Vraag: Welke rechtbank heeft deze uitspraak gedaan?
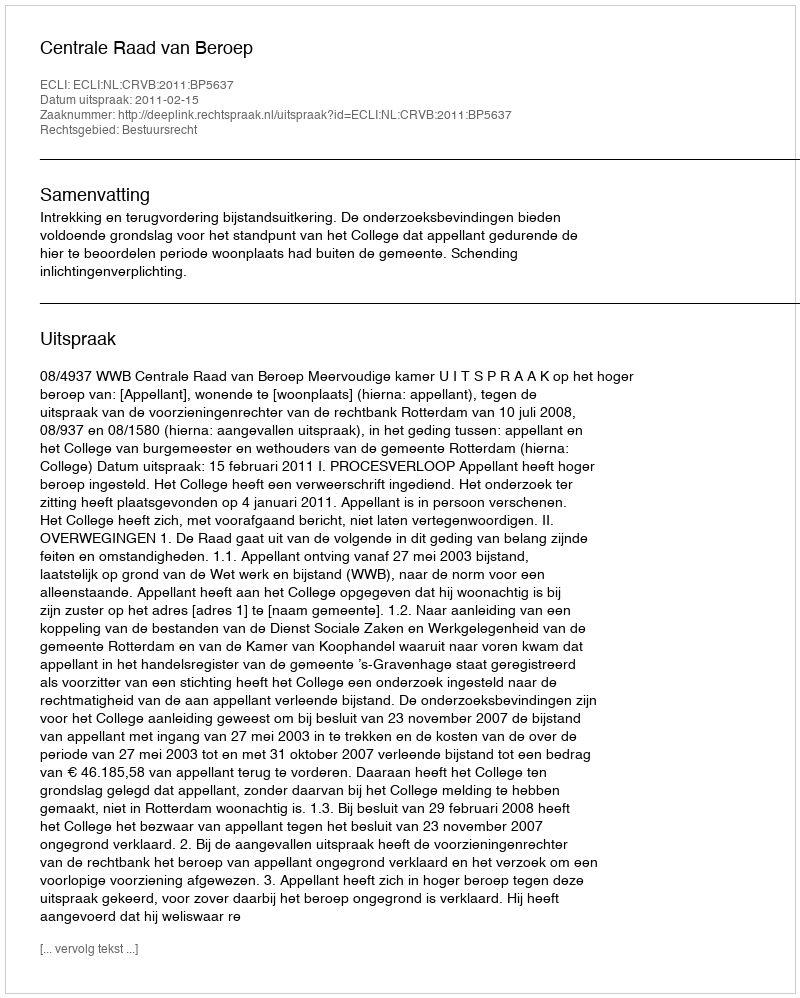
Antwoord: Centrale Raad van Beroep